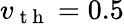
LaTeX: v_{\mathrm{~t~h~}}=0.5